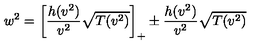
w ^ { 2 } = \left[ \frac { h ( v ^ { 2 } ) } { v ^ { 2 } } \sqrt { T ( v ^ { 2 } ) } \right] _ { + } \pm \frac { h ( v ^ { 2 } ) } { v ^ { 2 } } \sqrt { T ( v ^ { 2 } ) }